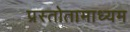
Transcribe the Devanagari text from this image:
प्रस्तोतामाध्यम